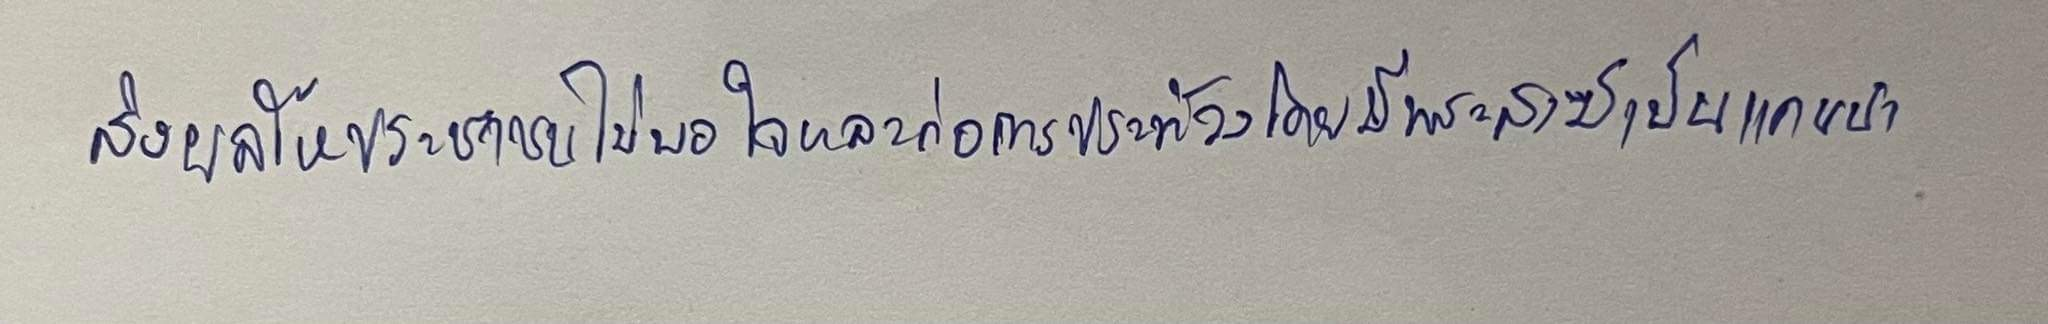
ส่งผลให้ประชาชนไม่พอใจและก่อการประท้วงโดยมีพระสงฆ์เป็นแกนนำ